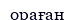
ораған